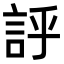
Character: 𧦝